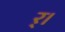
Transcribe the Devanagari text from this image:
र्।